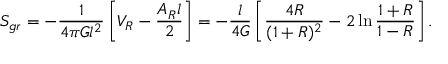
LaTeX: S _ { g r } = - { \frac { 1 } { 4 \pi G l ^ { 2 } } } \left[ V _ { R } - { \frac { A _ { R } l } { 2 } } \right] = - { \frac { l } { 4 G } } \left[ { \frac { 4 R } { ( 1 + R ) ^ { 2 } } } - 2 \ln { { \frac { 1 + R } { 1 - R } } } \right] .